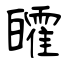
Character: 皬